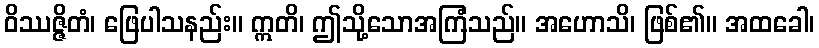
ဝိဿဇ္ဇိတံ၊ ဖြေပါသနည်း။ ဣတိ၊ ဤသို့သောအကြံသည်။ အဟောသိ၊ ဖြစ်၏။ အထခေါ၊